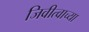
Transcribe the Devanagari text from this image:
जिवीत्वाच्या